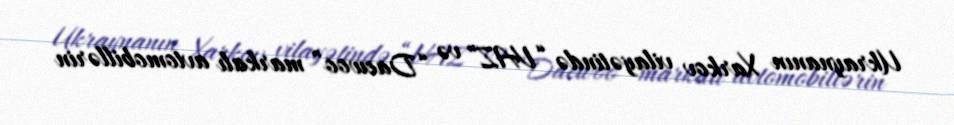
Ukraynanın Xarkov vilayətində “VAZ” və “Daewoo” markalı avtomobillərin